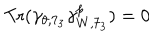
LaTeX: \mathrm { T r } ( \gamma _ { \theta , 7 _ { 3 } } \gamma _ { W , 7 _ { 3 } } ^ { p } ) = 0